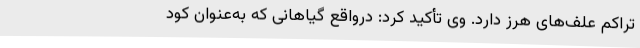
تراکم علف‌های هرز دارد. وی تأکید کرد: درواقع گیاهانی که به‌عنوان کود